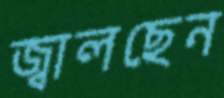
জ্বালছেন